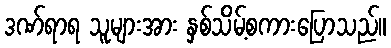
ဒဏ်ရာရ သူများအား နှစ်သိမ့်စကားပြောသည်။